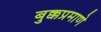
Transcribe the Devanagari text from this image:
बुक्कप्रमाणे